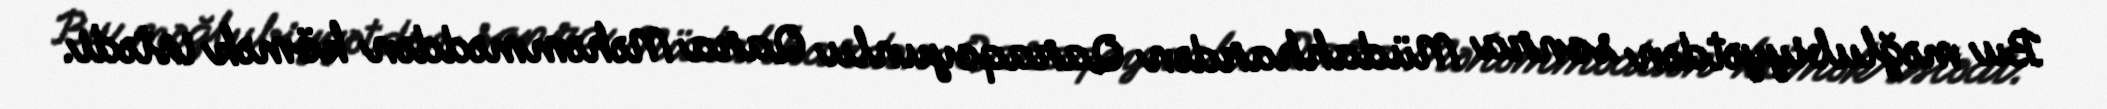
Bu məğlubiyyətdən sonra Müdahhardən Qaraqoyunlu Qara Məhəmməddən kömək istədi.